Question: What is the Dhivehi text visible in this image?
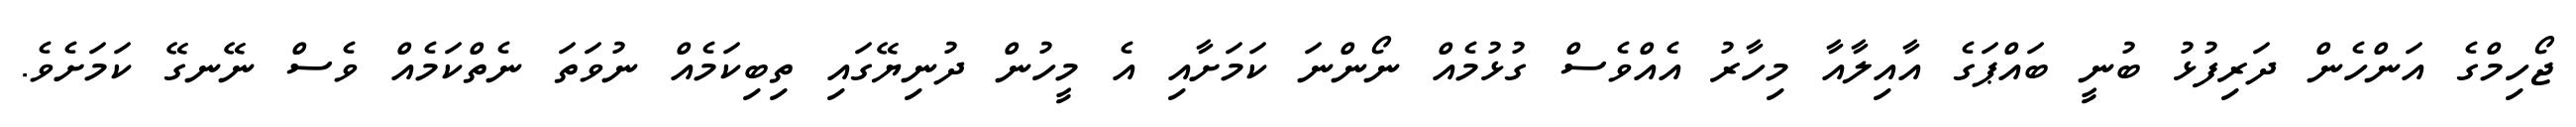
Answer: ޖޯހިމްގެ އަންހެން ދަރިފުޅު ބުނީ ބައްޕަގެ އާއިލާއާ މިހާރު އެއްވެސް ގުޅުމެއް ނޯންނަ ކަމަށާއި އެ މީހުން ދުނިޔޭގައި ތިބިކަމެއް ނުވަތަ ނެތްކަމެއް ވެސް ނޭނގޭ ކަމަށެވެ.